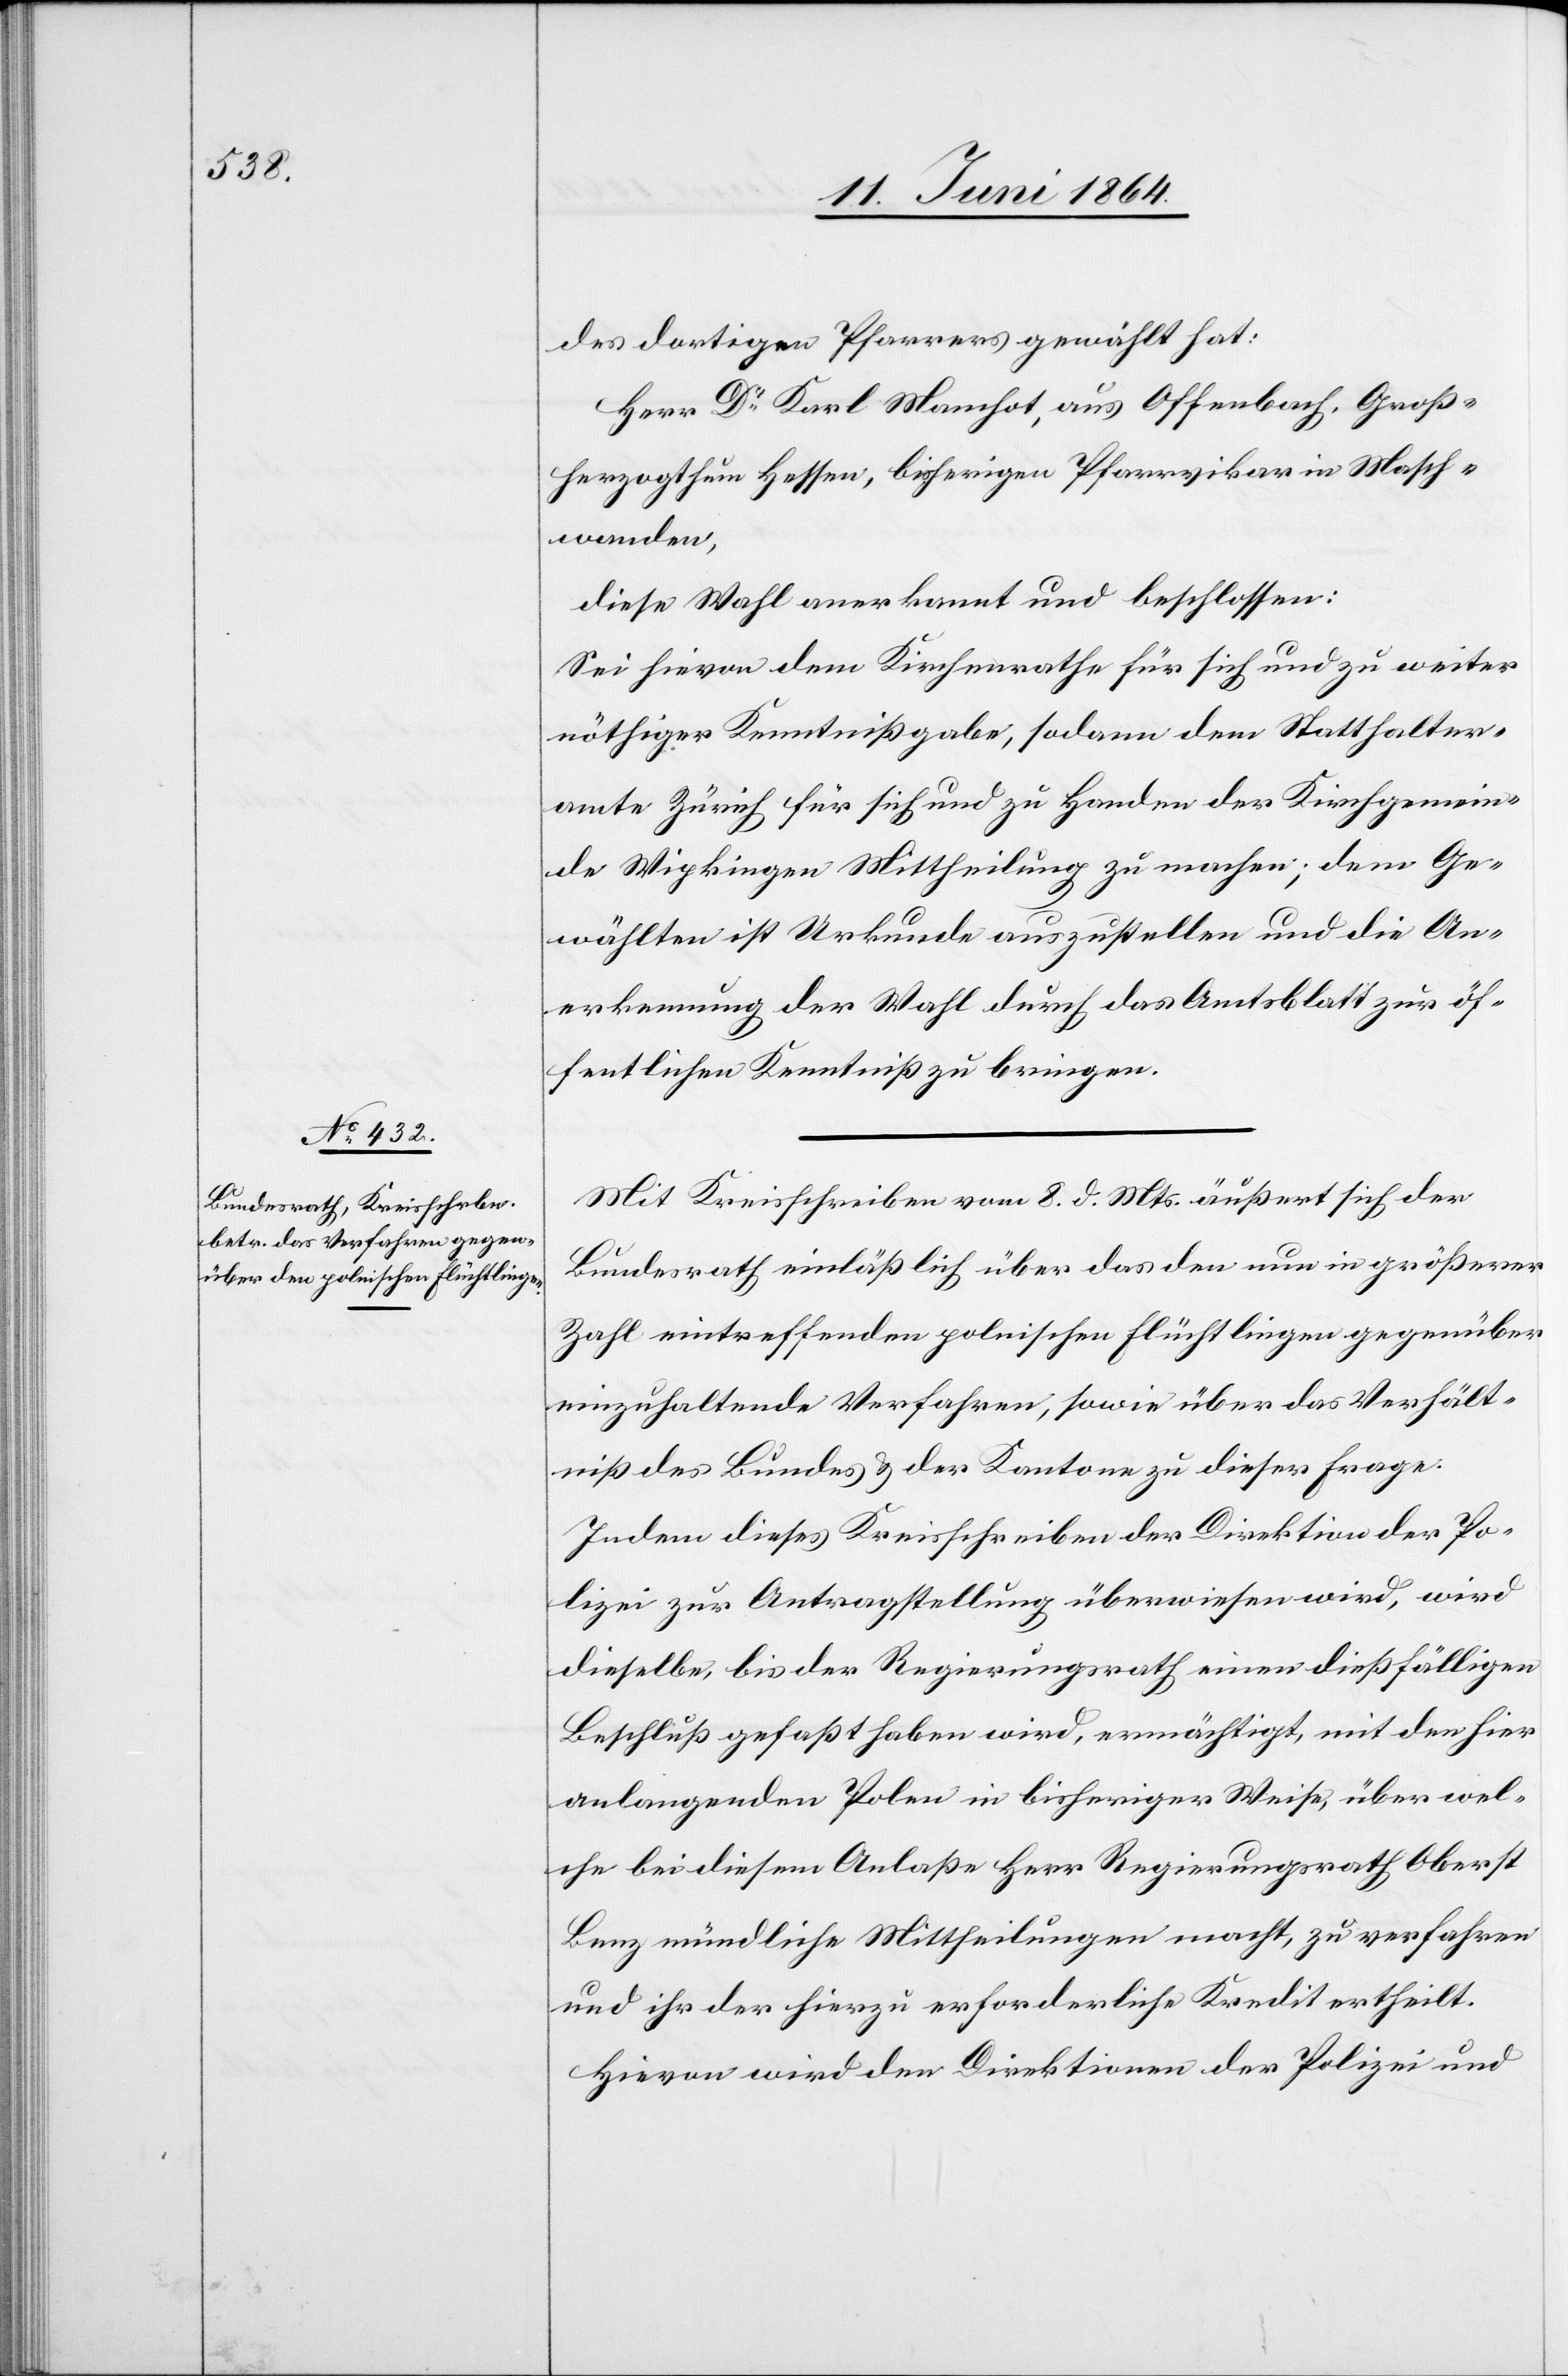
des dortigen Pfarrers gewählt hat:
Herr Dr Karl Manchot, aus Offenbach, Groß¬
herzogthum Hessen, bisherigen Pfarrvikar in Masch¬
wanden,
diese Wahl anerkannt und beschlossen:
Sei hievon dem Kirchenrathe für sich und zu weiter
nöthiger Kenntnißgabe, sodann dem Statthalter¬
amte Zürich für sich und zu Handen der Kirchgemein¬
de Wipkingen Mittheilung zu machen; dem Ge¬
wählten ist Urkunde auszustellen und die An¬
erkennung der Wahl durch das Amtsblatt zur öf¬
fentlichen Kenntniß zu bringen.
Mit Kreisschreiben vom 8. d. Mts. äußert sich der
Bundesrath einläßlich über das den nun in größerer
Zahl eintreffenden polnischen Flüchtlingen gegenüber
einzuhaltende Verfahren, sowie über das Verhält¬
niß des Bundes u. der Kantone zu dieser Frage.
Indem dieses Kreisschreiben der Direktion der Po¬
lizei zur Antragstellung überwiesen wird, wird
dieselbe, bis der Regierungsrath einen dießfälligen
Beschluß gefaßt haben wird, ermächtigt, mit den hier
anlangenden Polen in bisheriger Weise, über wel¬
che bei diesem Anlaße Herr Regierungsrath Oberst
Benz mündliche Mittheilungen macht, zu verfahren
und ihr der hierzu erforderliche Kredit ertheilt.
Hievon wird den Direktionen der Polizei und